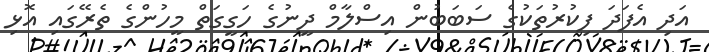
އަދި އެފަދަ ފިކުރުތަކުގެ ސަބަބުން އިސްލާމް ދީނުގެ ހަގީގަތް މީހުންގެ ތެރޭގައި އޮޅި